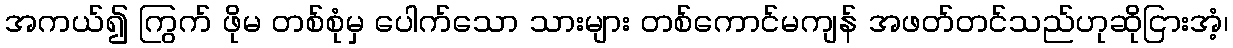
အကယ်၍ ကြွက် ဖိုမ တစ်စုံမှ ပေါက်သော သားများ တစ်ကောင်မကျန် အဖတ်တင်သည်ဟုဆိုငြားအံ့၊